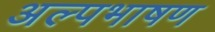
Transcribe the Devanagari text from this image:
अल्पभाषण